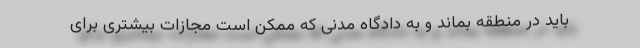
باید در منطقه بماند و به دادگاه مدنی که ممکن است مجازات بیشتری برای